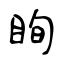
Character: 眴